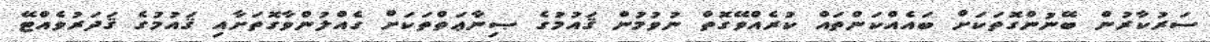
ސަރުކާރުން ބޭނުންގޮތަކަށް ބައެއްކަންތައް ކުރެއްވޭގޮތް ނުވުމުން ޤައުމުގެ ޞިނާޢަތްތަކަށް ގެއްލުންވާގޮތަށާއި ޤައުމުގެ ޤަދަރުވެއްޓޭ